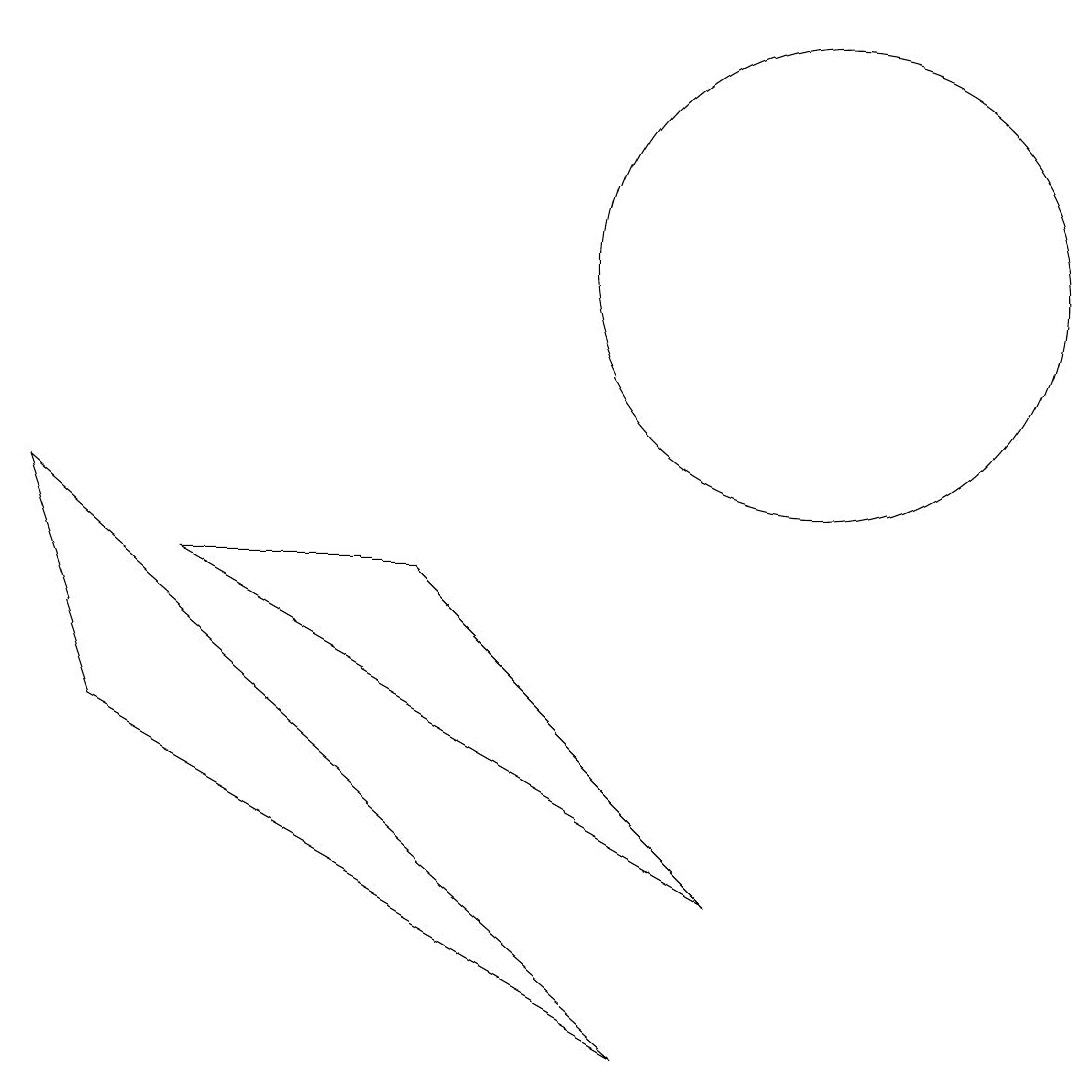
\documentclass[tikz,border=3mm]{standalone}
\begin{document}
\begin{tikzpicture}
\draw (10,11) circle (3);
\draw (1,5) -- (8,1) -- (0,8) -- cycle;
\draw (9,3) -- (5,7) -- (2,7) -- cycle;
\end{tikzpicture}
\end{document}